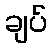
ချပ်